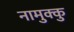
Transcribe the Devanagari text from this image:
नामुक्कु